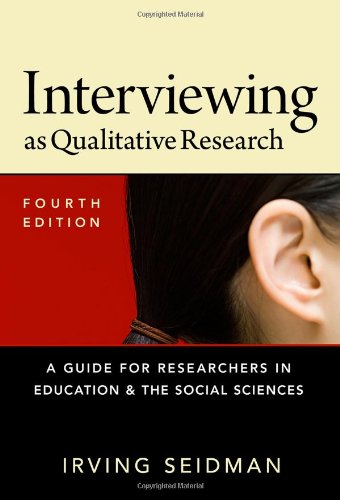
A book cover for Interviewing as Qualitative Research: A Guide for Researchers in Education and the Social Sciences, Fourth Edition; Irving Seidman; Test Preparation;